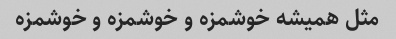
مثل همیشه خوشمزه و خوشمزه و خوشمزه